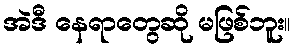
အဲဒီ နေရာတွေဆို မဖြစ်ဘူး။